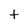
Character: t